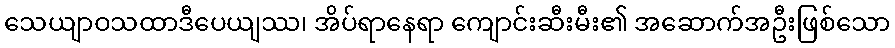
သေယျာဝသထာဒီပေယျဿ၊ အိပ်ရာနေရာ ကျောင်းဆီးမီး၏ အဆောက်အဦးဖြစ်သော